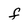
Character: f